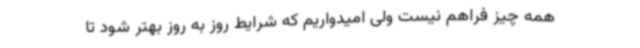
همه چیز فراهم نیست ولی امیدواریم که شرایط روز به روز بهتر شود تا